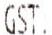
GST.